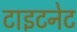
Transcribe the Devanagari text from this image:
टाइटनेट